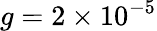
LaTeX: g=2\times 10^{-5}